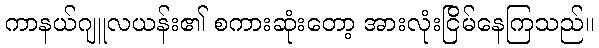
ကာနယ်ဂျူလယန်း၏ စကားဆုံးတော့ အားလုံးငြိမ်နေကြသည်။